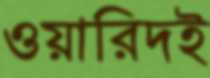
ওয়ারিদই